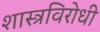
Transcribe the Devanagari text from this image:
शास्त्रविरोधी